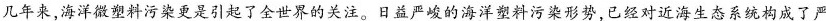
几年来，海洋微塑料污染更是引起了全世界的关注。日益严峻的海洋塑料污染形势，已经对近海生态系统构成了严